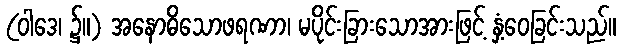
(ဝါဒေ၊ ၌။) အနောဓိသောဖရဏာ၊ မပိုင်းခြားသောအားဖြင့် နှံ့ဝေခြင်းသည်။